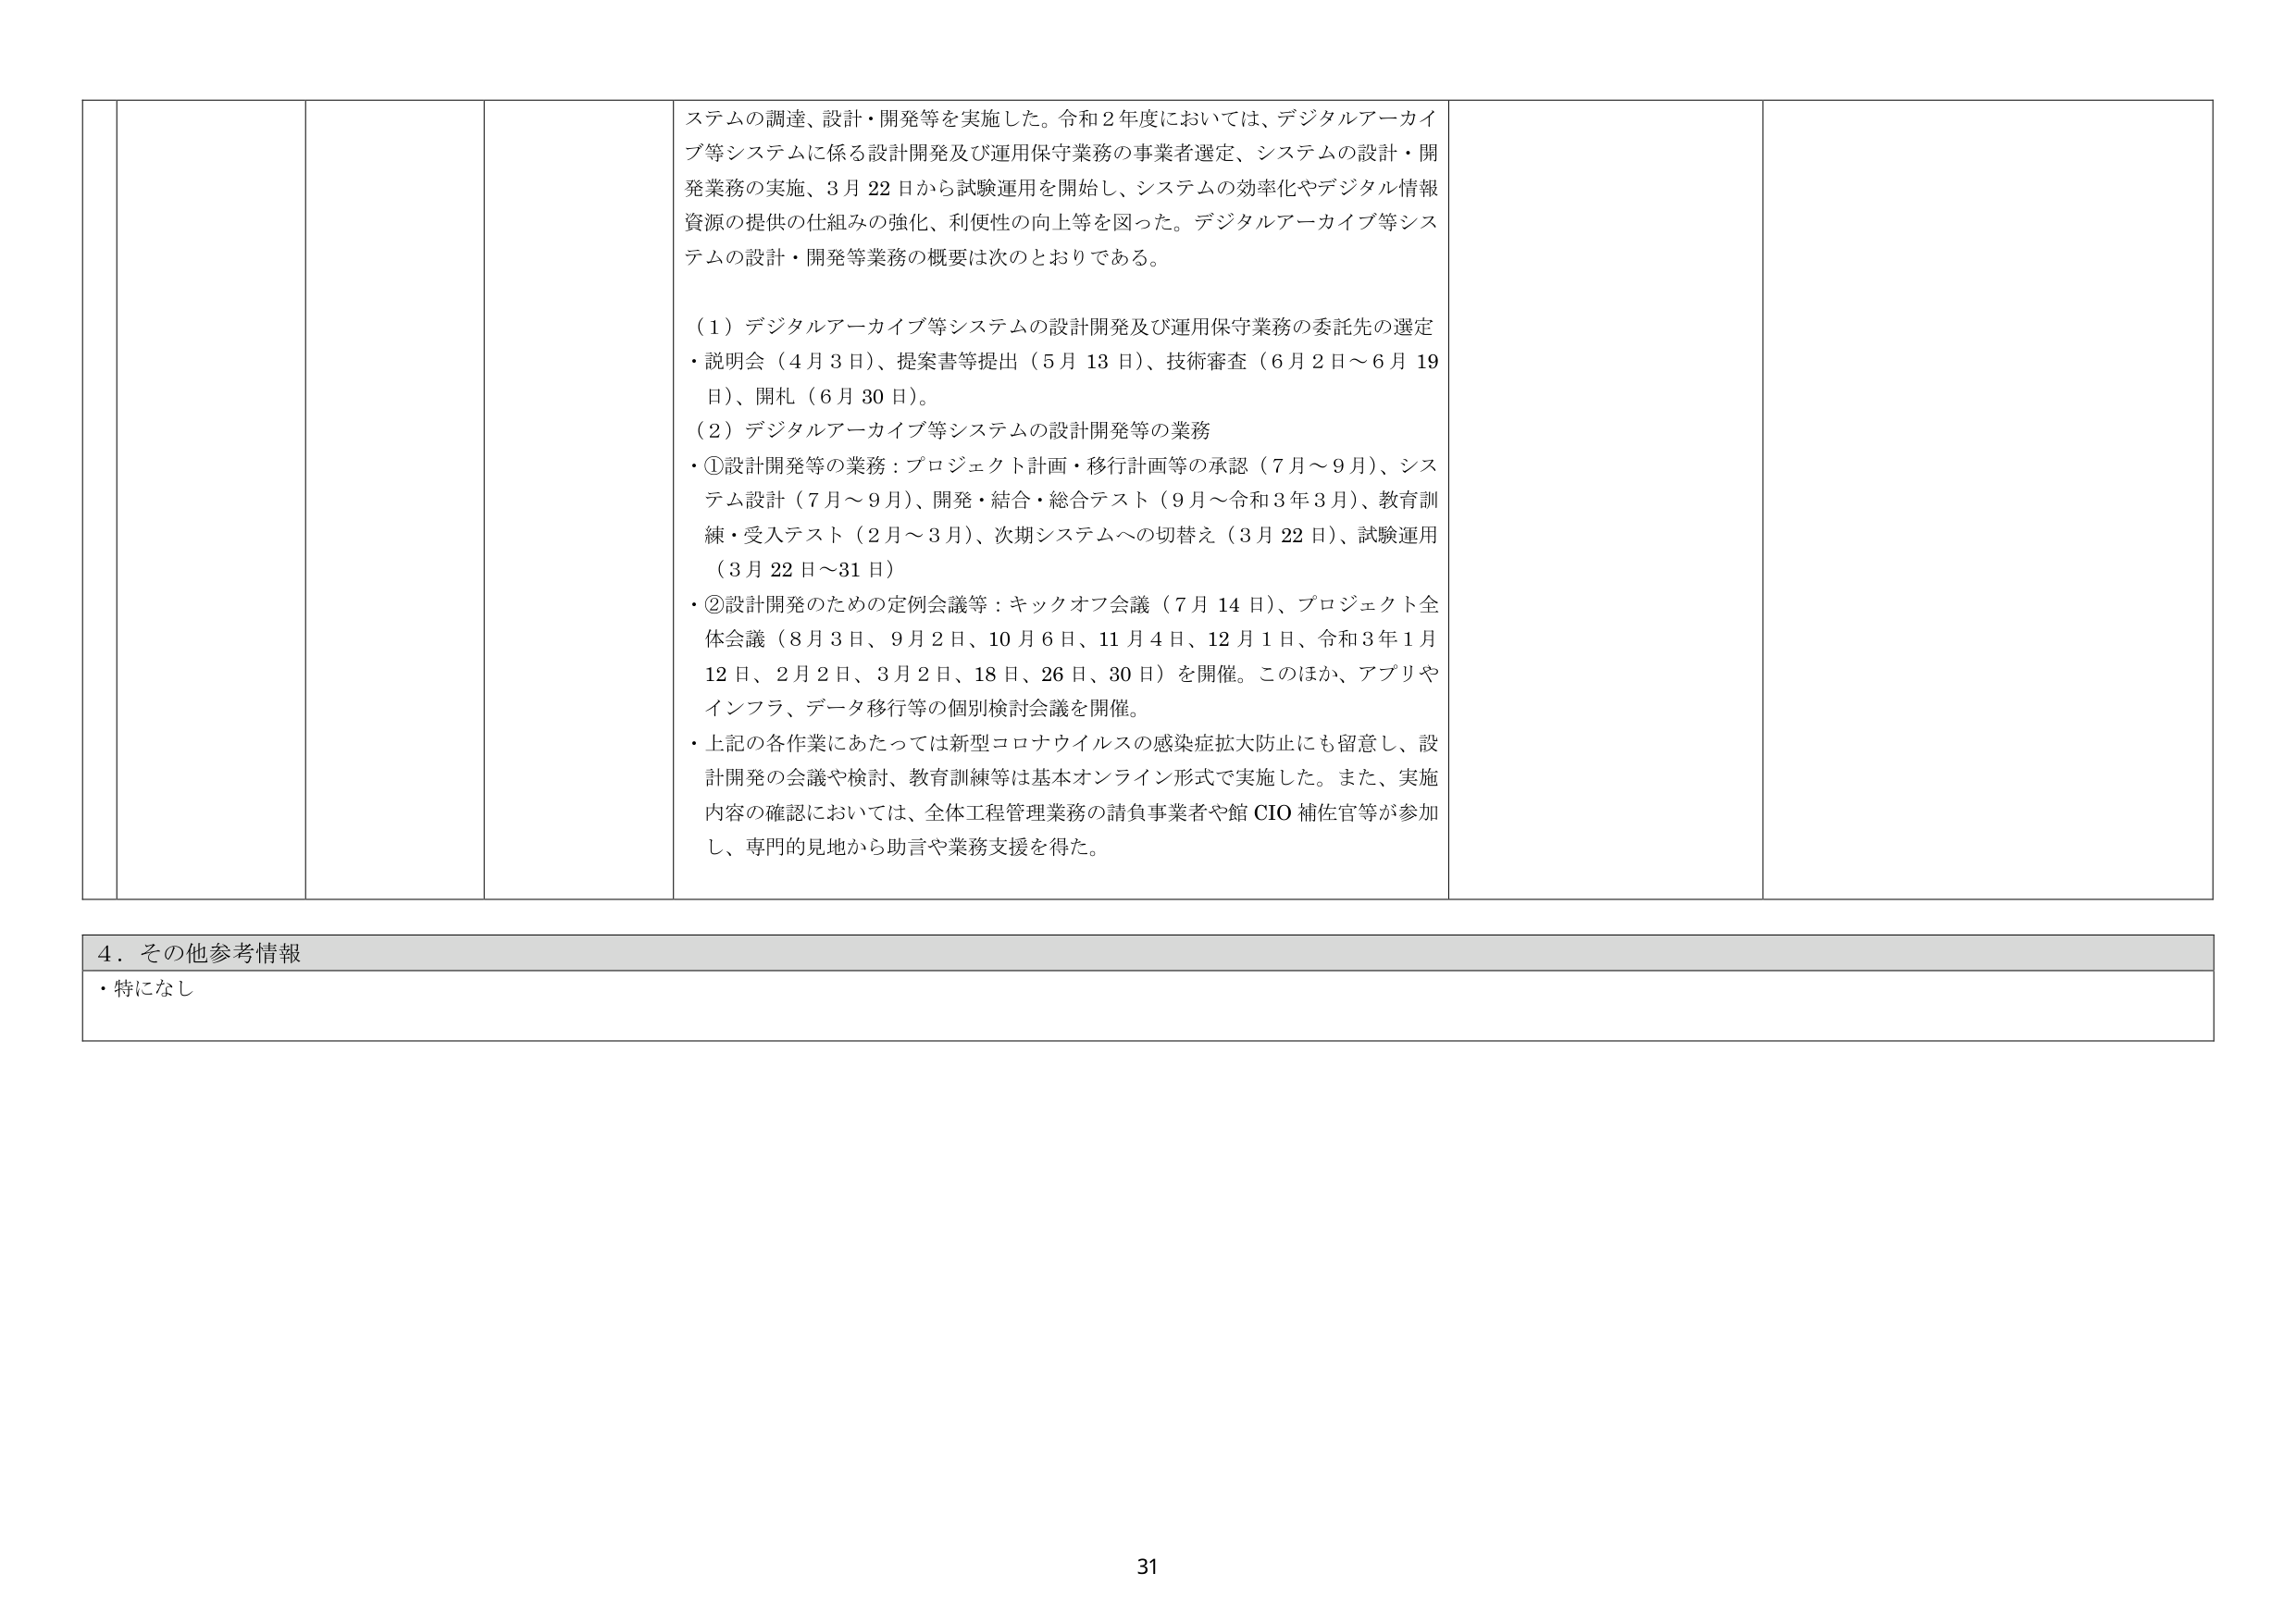
ステムの調達、設計・開発等を実施した。令和２年度においては、デジタルアーカイブ等システムに係る設計開発及び運用保守業務の事業者選定、システムの設計・開発業務の実施、３月22日から試験運用を開始し、システムの効率化やデジタル情報資源の提供の仕組みの強化、利便性の向上等を図った。デジタルアーカイブ等システムの設計・開発等業務の概要は次のとおりである。

（１）デジタルアーカイブ等システムの設計開発及び運用保守業務の委託先の選定
・説明会（４月３日）、提案書等提出（５月13日）、技術審査（６月２日～６月19日）、開札（６月30日）。
（２）デジタルアーカイブ等システムの設計開発等の業務
・①設計開発等の業務：プロジェクト計画・移行計画等の承認（７月～９月）、システム設計（７月～９月）、開発・結合・総合テスト（９月～令和３年３月）、教育訓練・受入テスト（２月～３月）、次期システムへの切替え（３月22日）、試験運用（３月22日～31日）
・②設計開発のための定例会議等：キックオフ会議（７月14日）、プロジェクト全体会議（８月３日、９月２日、10月６日、11月４日、12月１日、令和３年１月12日、２月２日、３月２日、18日、26日、30日）を開催。このほか、アプリやインフラ、データ移行等の個別検討会議を開催。
・上記の各作業にあたっては新型コロナウイルスの感染症拡大防止にも留意し、設計開発の会議や検討、教育訓練等は基本オンライン形式で実施した。また、実施内容の確認においては、全体工程管理業務の請負事業者や館CIO補佐官等が参加し、専門的見地から助言や業務支援を得た。

４．その他参考情報
・特になし

31